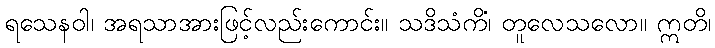
ရသေနဝါ၊ အရသာအားဖြင့်လည်းကောင်း။ သဒိသံကိံ၊ တူလေသလော။ ဣတိ၊